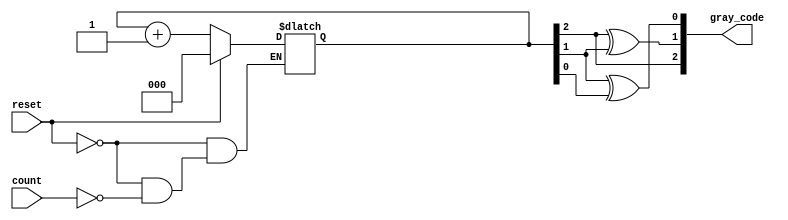
module gray_code_async_counter (
    input wire count,          // Asynchronous count signal
    input wire reset,          // Asynchronous reset signal
    output reg [2:0] gray_code // 3-bit Gray code output
);
    reg [2:0] binary_count; // 3-bit binary counter

    // Asynchronous reset logic
    always @* begin
        if (reset) begin
            binary_count = 3'b000; // Reset the binary count
        end else if (count) begin
            binary_count = binary_count + 1'b1; // Increment binary count
        end
    end

    // Convert binary count to Gray code
    always @* begin
        gray_code[2] = binary_count[2]; // MSB remains the same
        gray_code[1] = binary_count[2] ^ binary_count[1];
        gray_code[0] = binary_count[1] ^ binary_count[0];
    end

endmodule